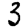
Digit: 3